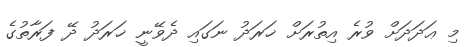
މި ޢަދަދަށް ވުރެ އިތުރަށް ޚަރަދު ނަގައި ދެވޭނީ ޚަރަދު ދޭ ފަރާތުގެ